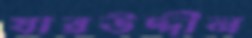
যারউদ্দীন